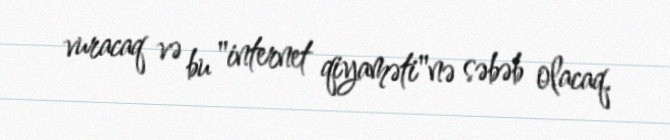
vuracaq və bu "internet qiyaməti"nə səbəb olacaq.